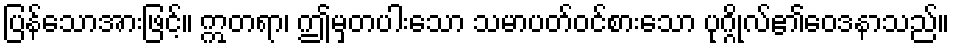
ပြန်သောအားဖြင့်။ ဣတရာ၊ ဤမှတပါးသော သမာပတ်ဝင်စားသော ပုဂ္ဂိုလ်၏ဝေဒနာသည်။